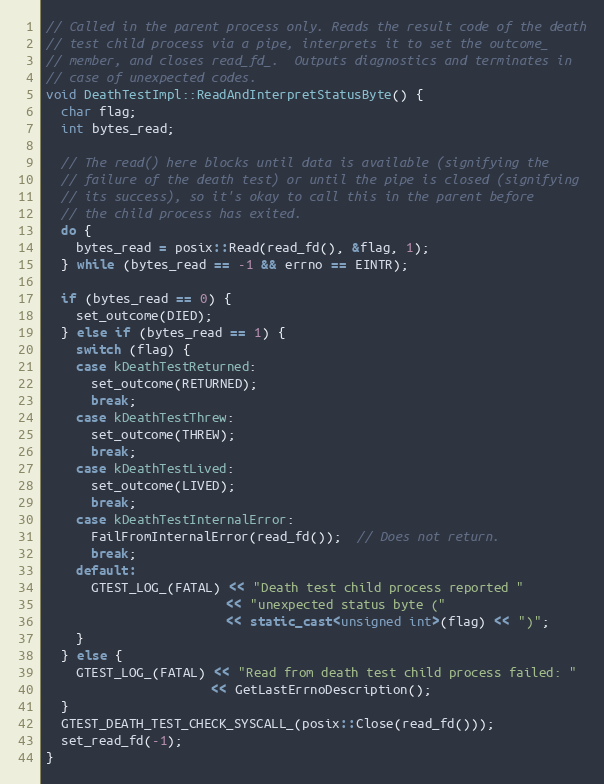
Language: C++
// Called in the parent process only. Reads the result code of the death
// test child process via a pipe, interprets it to set the outcome_
// member, and closes read_fd_.  Outputs diagnostics and terminates in
// case of unexpected codes.
void DeathTestImpl::ReadAndInterpretStatusByte() {
  char flag;
  int bytes_read;

  // The read() here blocks until data is available (signifying the
  // failure of the death test) or until the pipe is closed (signifying
  // its success), so it's okay to call this in the parent before
  // the child process has exited.
  do {
    bytes_read = posix::Read(read_fd(), &flag, 1);
  } while (bytes_read == -1 && errno == EINTR);

  if (bytes_read == 0) {
    set_outcome(DIED);
  } else if (bytes_read == 1) {
    switch (flag) {
    case kDeathTestReturned:
      set_outcome(RETURNED);
      break;
    case kDeathTestThrew:
      set_outcome(THREW);
      break;
    case kDeathTestLived:
      set_outcome(LIVED);
      break;
    case kDeathTestInternalError:
      FailFromInternalError(read_fd());  // Does not return.
      break;
    default:
      GTEST_LOG_(FATAL) << "Death test child process reported "
                        << "unexpected status byte ("
                        << static_cast<unsigned int>(flag) << ")";
    }
  } else {
    GTEST_LOG_(FATAL) << "Read from death test child process failed: "
                      << GetLastErrnoDescription();
  }
  GTEST_DEATH_TEST_CHECK_SYSCALL_(posix::Close(read_fd()));
  set_read_fd(-1);
}